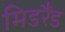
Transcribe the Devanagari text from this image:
मिडरैंड